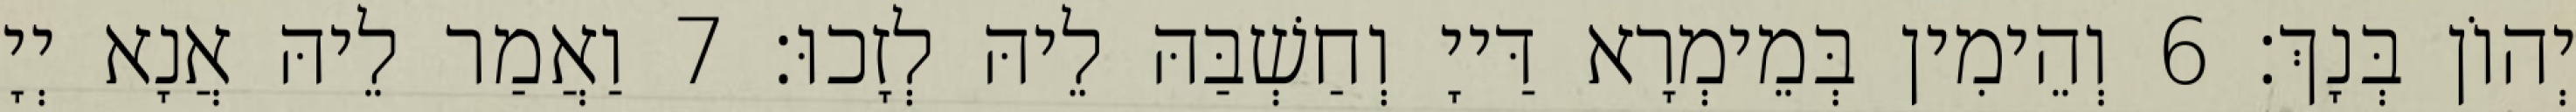
יְהוֹן בְּנָךְ׃ 6 וְהֵימִין בְּמֵימְרָא דַּייָ וְחַשְׁבַּהּ לֵיהּ לְזָכוּ׃ 7 וַאֲמַר לֵיהּ אֲנָא יְיָ